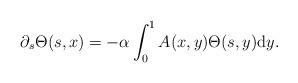
LaTeX: \begin{align*} \partial_s \Theta(s,x)=-\alpha \int_0^1 A(x,y) \Theta(s,y) \mathrm{d}y.\end{align*}